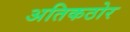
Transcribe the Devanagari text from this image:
अतिकठोर